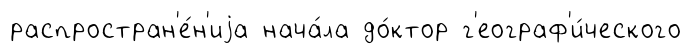
распростран'е́н'иjа нача́ла до́ктор г'еограф'и́ческого